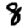
Digit: 8